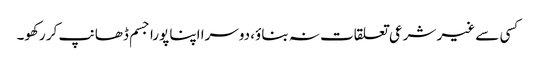
کسی سے غیر شرعی تعلقات نہ بناؤ، دوسرا اپنا پورا جسم ڈھانپ کر رکھو۔